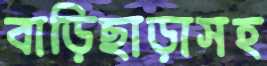
বাড়িছাড়াসহ